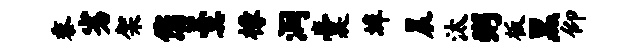
黍劣架您羹椽润囊埠晨汰粥板黑仰